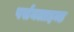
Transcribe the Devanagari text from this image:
पर्सनलाइज्ड